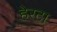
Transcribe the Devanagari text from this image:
हेरटा